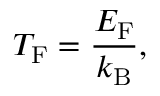
T _ { \mathrm { F } } = { \frac { E _ { \mathrm { F } } } { k _ { \mathrm { B } } } } ,